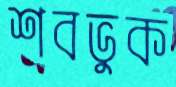
শবভুক